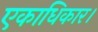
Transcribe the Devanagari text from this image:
एकाधिकार।